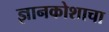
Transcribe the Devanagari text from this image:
ज्ञानकोशाचा